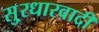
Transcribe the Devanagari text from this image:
सु्रधारवादी